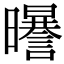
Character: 𣌈